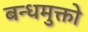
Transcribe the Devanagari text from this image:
बन्धमुक्तो